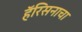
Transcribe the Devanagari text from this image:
हॅरिसनाचा